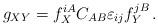
LaTeX: \begin{align*}g_{XY} = f_X^{iA} C_{AB} \varepsilon_{ij}f_Y^{jB}\,. \end{align*}